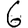
Digit: 6